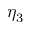
\eta _ { 3 }